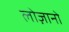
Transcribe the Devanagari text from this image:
लोज़ानो